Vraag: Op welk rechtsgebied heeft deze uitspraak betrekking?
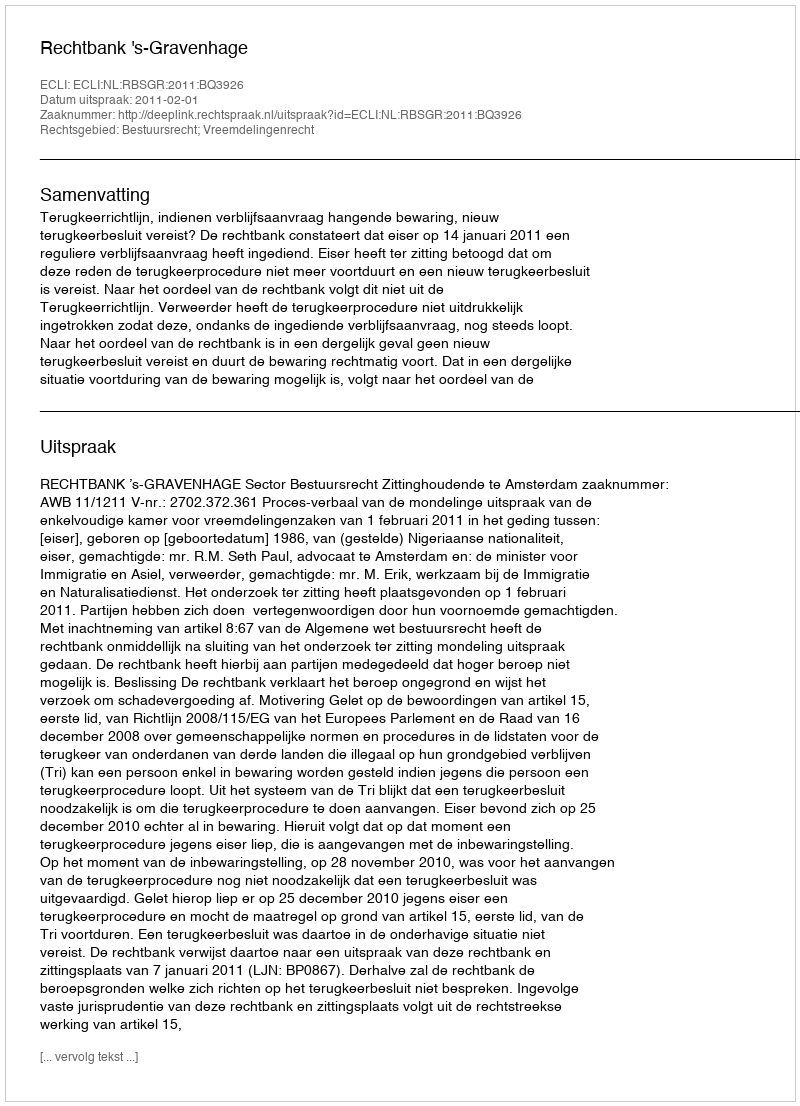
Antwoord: Bestuursrecht; Vreemdelingenrecht